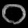
Digit: ၀